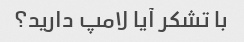
با تشکر آیا لامپ دارید؟